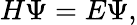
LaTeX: H\Psi=E\Psi,